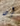
إن